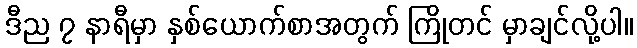
ဒီည ၇ နာရီမှာ နှစ်ယောက်စာအတွက် ကြိုတင် မှာချင်လို့ပါ။